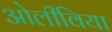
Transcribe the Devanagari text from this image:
ओलीविया